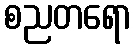
စညတရော